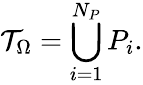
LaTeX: \mathcal{T}_{\Omega}=\bigcup_{i=1}^{N_{P}}{P_{i}}.